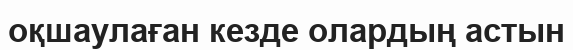
оқшаулаған кезде олардың астын